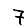
Digit: 7